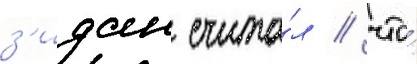
з'идан счита́л / что́